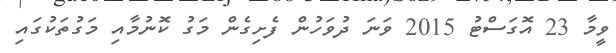
ވީމާ 23 އޮގަސްޓު 2015 ވަނަ ދުވަހުން ފެށިގެން މަގު ކޮނުމާއި މަގުތަކުގައި